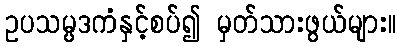
ဥပသမ္ပဒကံနှင့်စပ်၍ မှတ်သားဖွယ်များ။